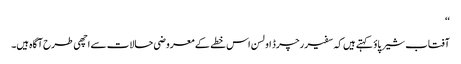
‘‘
آفتاب شیرپاؤ کہتے ہیں کہ سفیر رچرڈ اولسن اس خطے کے معروضی حالات سے اچھی طرح آگاہ ہیں۔